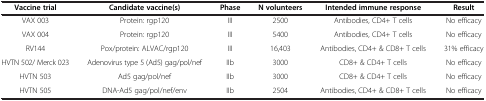
| Vaccine trial | Candidate vaccine(s) | Phase | N volunteers | Intended immune response | Result |
 | --- | --- | --- | --- | --- | --- |
 | VAX 003 | Protein: rgp120 | III | 2500 | Antibodies, CD4+ T cells | No efficacy |
 | VAX 004 | Protein: rgp120 | III | 5400 | Antibodies, CD4+ T cells | No efficacy |
 | RV144 | Pox/protein: ALVAC/rgp120 | III | 16,403 | Antibodies, CD4+ & CD8+ T cells | 31% efficacy |
 | HVTN 502/ Merck 023 | Adenovirus type 5 (Ad5) gag/pol/nef | IIb | 3000 | CD8+ & CD4+ T cells | No efficacy |
 | HVTN 503 | Ad5 gag/pol/nef | IIb | 3000 | CD8+ & CD4+ T cells | No efficacy |
 | HVTN 505 | DNA-Ad5 gag/pol/nef/env | IIb | 2504 | Antibodies, CD4+ & CD8+ T cells | No efficacy |